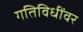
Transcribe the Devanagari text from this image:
गतिविधींवर